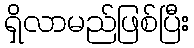
ရှိလာမည်ဖြစ်ပြီး